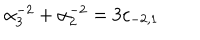
\alpha _ { 3 } ^ { - 2 } + \alpha _ { 2 } ^ { - 2 } = 3 c _ { - 2 , 1 }